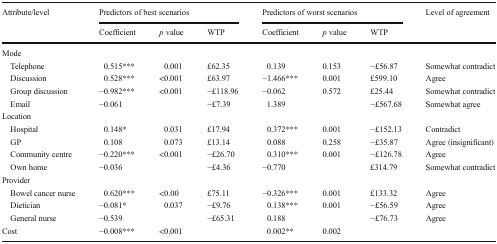
<table><thead><tr><td rowspan="2"><b>Attribute/level</b></td><td colspan="3"><b>Predictors of best scenarios</b></td><td colspan="3"><b>Predictors of worst scenarios</b></td><td rowspan="2"><b>Level of agreement</b></td></tr><tr><td><b>Coefficient</b></td><td><b><i>p</i> value</b></td><td><b>WTP</b></td><td><b>Coefficient</b></td><td><b><i>p</i> value</b></td><td><b>WTP</b></td></tr></thead><tbody><tr><td colspan="8">Mode</td></tr><tr><td> Telephone</td><td>0.515***</td><td>0.001</td><td>£62.35</td><td>0.139</td><td>0.153</td><td>−£56.87</td><td>Somewhat contradict</td></tr><tr><td> Discussion</td><td>0.528***</td><td>&lt;0.001</td><td>£63.97</td><td>−1.466***</td><td>0.001</td><td>£599.10</td><td>Agree</td></tr><tr><td> Group discussion</td><td>−0.982***</td><td>&lt;0.001</td><td>−£118.96</td><td>−0.062</td><td>0.572</td><td>£25.44</td><td>Somewhat contradict</td></tr><tr><td> Email</td><td>−0.061</td><td></td><td>−£7.39</td><td>1.389</td><td></td><td>−£567.68</td><td>Somewhat agree</td></tr><tr><td colspan="8">Location</td></tr><tr><td> Hospital</td><td>0.148*</td><td>0.031</td><td>£17.94</td><td>0.372***</td><td>0.001</td><td>−£152.13</td><td>Contradict</td></tr><tr><td> GP</td><td>0.108</td><td>0.073</td><td>£13.14</td><td>0.088</td><td>0.258</td><td>−£35.87</td><td>Agree (insignificant)</td></tr><tr><td> Community centre</td><td>−0.220***</td><td>&lt;0.001</td><td>−£26.70</td><td>0.310***</td><td>0.001</td><td>−£126.78</td><td>Agree</td></tr><tr><td> Own home</td><td>−0.036</td><td></td><td>−£4.36</td><td>−0.770</td><td></td><td>£314.79</td><td>Somewhat contradict</td></tr><tr><td colspan="8">Provider</td></tr><tr><td> Bowel cancer nurse</td><td>0.620***</td><td>&lt;0.00</td><td>£75.11</td><td>−0.326***</td><td>0.001</td><td>£133.32</td><td>Agree</td></tr><tr><td> Dietician</td><td>−0.081*</td><td>0.037</td><td>−£9.76</td><td>0.138***</td><td>0.001</td><td>−£56.59</td><td>Agree</td></tr><tr><td> General nurse</td><td>−0.539</td><td></td><td>−£65.31</td><td>0.188</td><td></td><td>−£76.73</td><td>Agree</td></tr><tr><td>Cost</td><td>−0.008***</td><td>&lt;0.001</td><td></td><td>0.002**</td><td>0.002</td><td></td><td></td></tr></tbody></table>